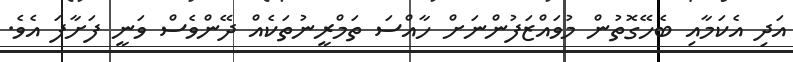
އަދި އެކަމާއި ބެހޭގޮތުން މުވައްޒަފުންނަށް ހާއްސަ ތަމްރީނުތަކެއް ދޭންވެސް ވަނީ ފަށާފަ އެވެ.